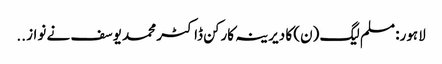
لاہور: مسلم لیگ (ن) کا دیرینہ کارکن ڈاکٹر محمد یوسف نے نواز ..